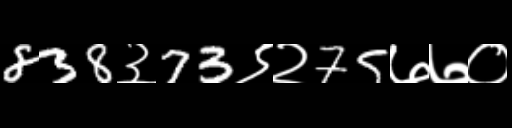
Text: 838३73९२75७७०